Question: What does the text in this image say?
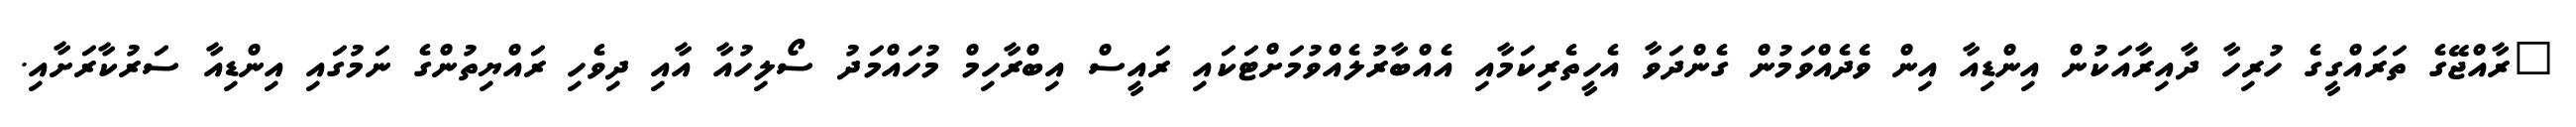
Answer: "ރާއްޖޭގެ ތަރައްގީގެ ހުރިހާ ދާއިރާއަކުން އިންޑިއާ އިން ވެދެއްވަމުން ގެންދަވާ އެހީތެރިކަމާއި އެއްބާރުލެއްވުމަށްޓަކައި ރައީސް އިބްރާހިމް މުހައްމަދު ސޯލިހުއާ އާއި ދިވެހި ރައްޔިތުންގެ ނަމުގައި އިންޑިއާ ސަރުކާރަށާއި.